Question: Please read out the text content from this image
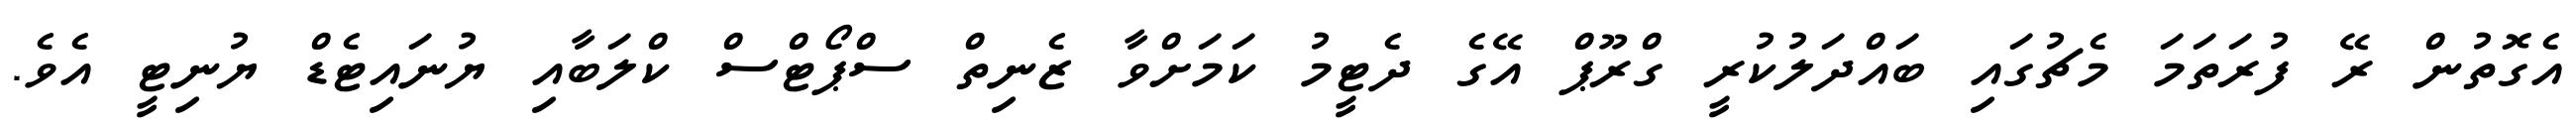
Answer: އެގޮތުން ރޭ ފުރަތަމަ މެޗުގައި ބައްދަލުކުރީ ގްރޫޕް އޭގެ ދެޓީމު ކަމަށްވާ ޒެނިތް ސްޕޯޓްސް ކްލަބާއި ޔުނައިޓެޑް ޔުނިޓީ އެވެ.